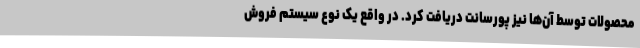
محصولات توسط آن‌ها نیز پورسانت دریافت کرد. در واقع یک نوع سیستم فروش